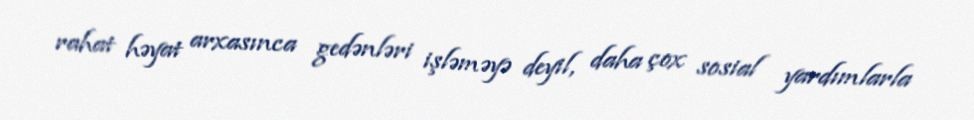
rahat həyat arxasınca gedənləri işləməyə deyil, daha çox sosial yardımlarla